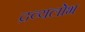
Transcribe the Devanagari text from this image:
द्रव्यलोभ